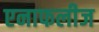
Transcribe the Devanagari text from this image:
एनाफलीज